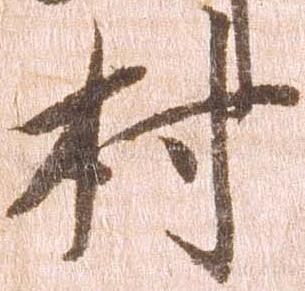
村